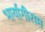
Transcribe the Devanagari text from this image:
भार्यागीराम